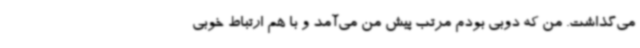
می‌گذاشت. من که دوبی بودم مرتب پیش من می‌آمد و با هم ارتباط خوبی